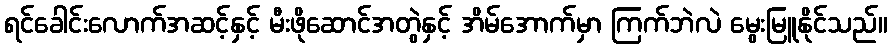
ရင်ခေါင်းလောက်အဆင့်နှင့် မီးဖိုဆောင်အတွဲနှင့် အိမ်အောက်မှာ ကြက်ဘဲလဲ မွေးမြူနိုင်သည်။